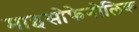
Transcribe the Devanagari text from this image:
माइसोफेनोलिक